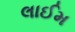
લાઈમ